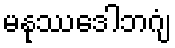
မနုဿဒေါဘဂျံ